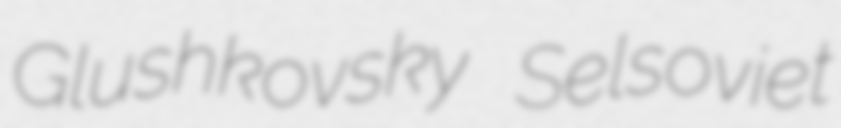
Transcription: Glushkovsky Selsoviet